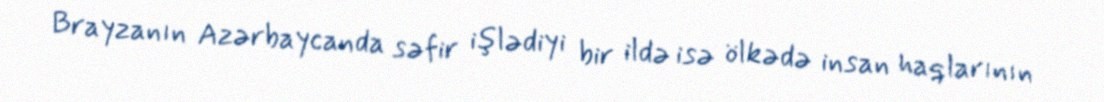
Brayzanın Azərbaycanda səfir işlədiyi bir ildə isə ölkədə insan haqlarının